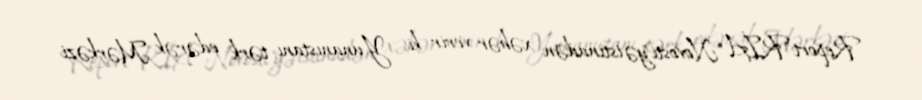
Report"RİA Novosti"yə istinadən xəbər verir ki, Yunanıstanı tərk edərək Mərkəzi